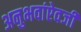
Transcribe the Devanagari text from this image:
अनुभवांऐवजी